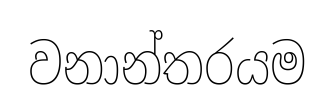
වනාන්තරයම